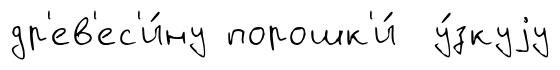
др'ев'ес'и́ну порошк'и́ у́зкуjу